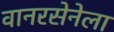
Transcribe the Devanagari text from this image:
वानरसेनेला